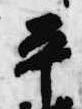
平